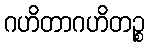
ဂဟိတာဂဟိတဉ္စ